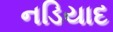
નડિયાદ